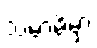
သမာဓိမှာ